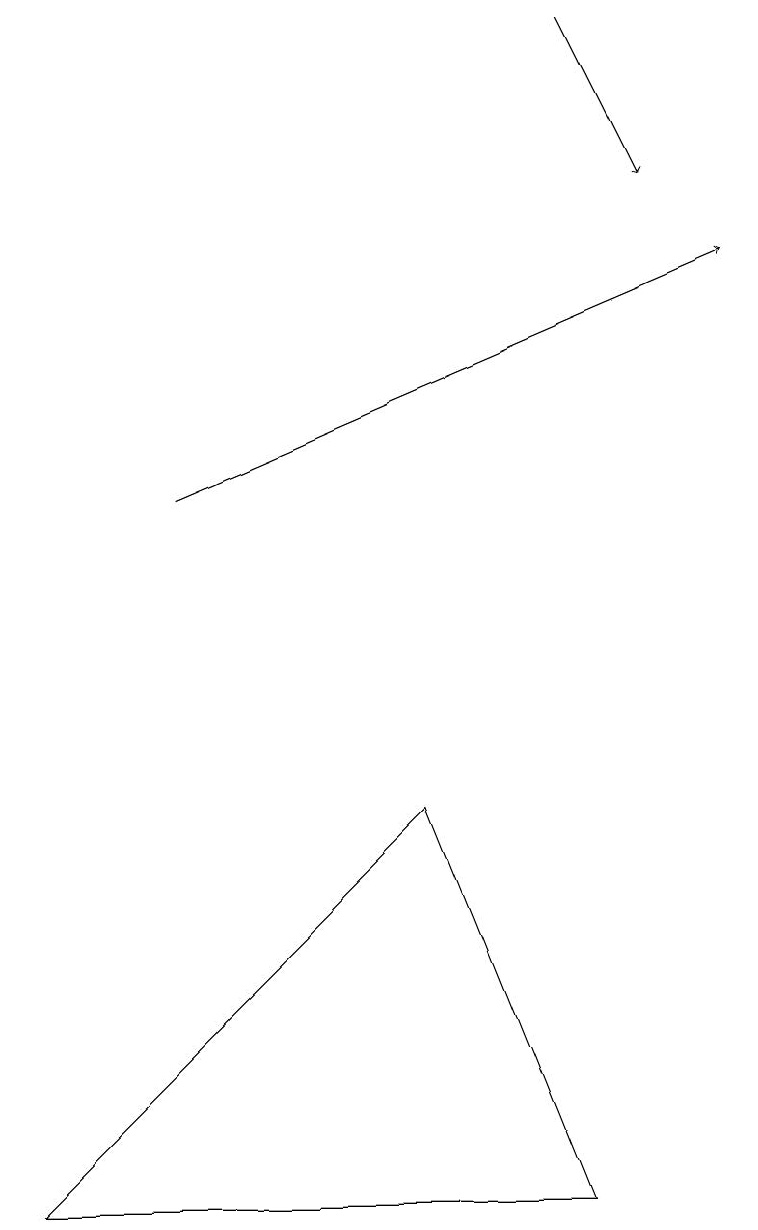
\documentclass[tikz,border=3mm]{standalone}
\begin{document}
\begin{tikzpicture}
\draw[->] (2,12) -- (9,15);
\draw[->] (7,18) -- (8,16);
\draw (7,3) -- (5,8) -- (0,3) -- cycle;
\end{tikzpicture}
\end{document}